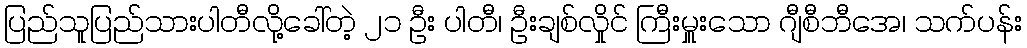
ပြည်သူပြည်သားပါတီလို့ခေါ်တဲ့ ၂၁ ဦး ပါတီ၊ ဦးချစ်လှိုင် ကြီးမှူးသော ဂျီစီဘီအေ၊ သက်ပန်း